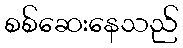
စစ်ဆေးနေသည်